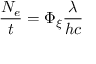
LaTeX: { \frac { N _ { e } } { t } } = \Phi _ { \xi } { \frac { \lambda } { h c } }